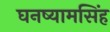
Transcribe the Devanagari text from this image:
घनष्यामसिंह